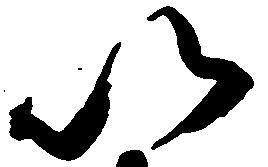
以